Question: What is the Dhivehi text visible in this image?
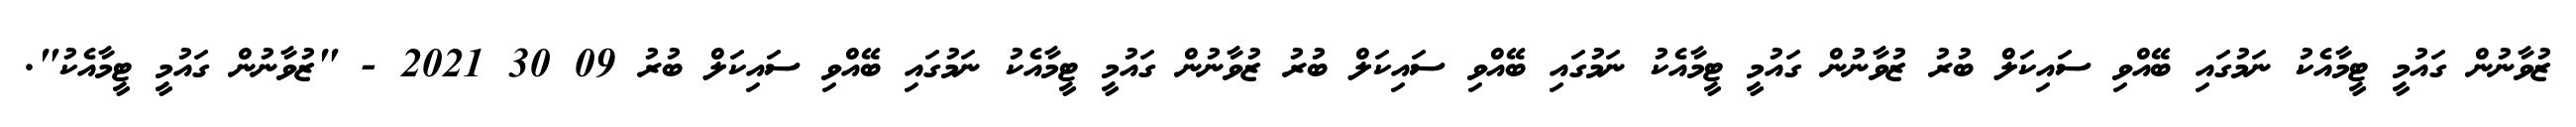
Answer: ޒުވާނުން ގައުމީ ޓީމާއެކު ނަމުގައި ބޭއްވި ސައިކަލް ބުރު ޒުވާނުން ގައުމީ ޓީމާއެކު ނަމުގައި ބޭއްވި ސައިކަލް ބުރު ޒުވާނުން ގައުމީ ޓީމާއެކު ނަމުގައި ބޭއްވި ސައިކަލް ބުރު 09 30 2021 - "ޒުވާނުން ގައުމީ ޓީމާއެކު".